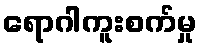
ရောဂါကူးစက်မှု